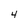
Character: 4